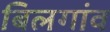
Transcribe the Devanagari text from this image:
बिलगांव